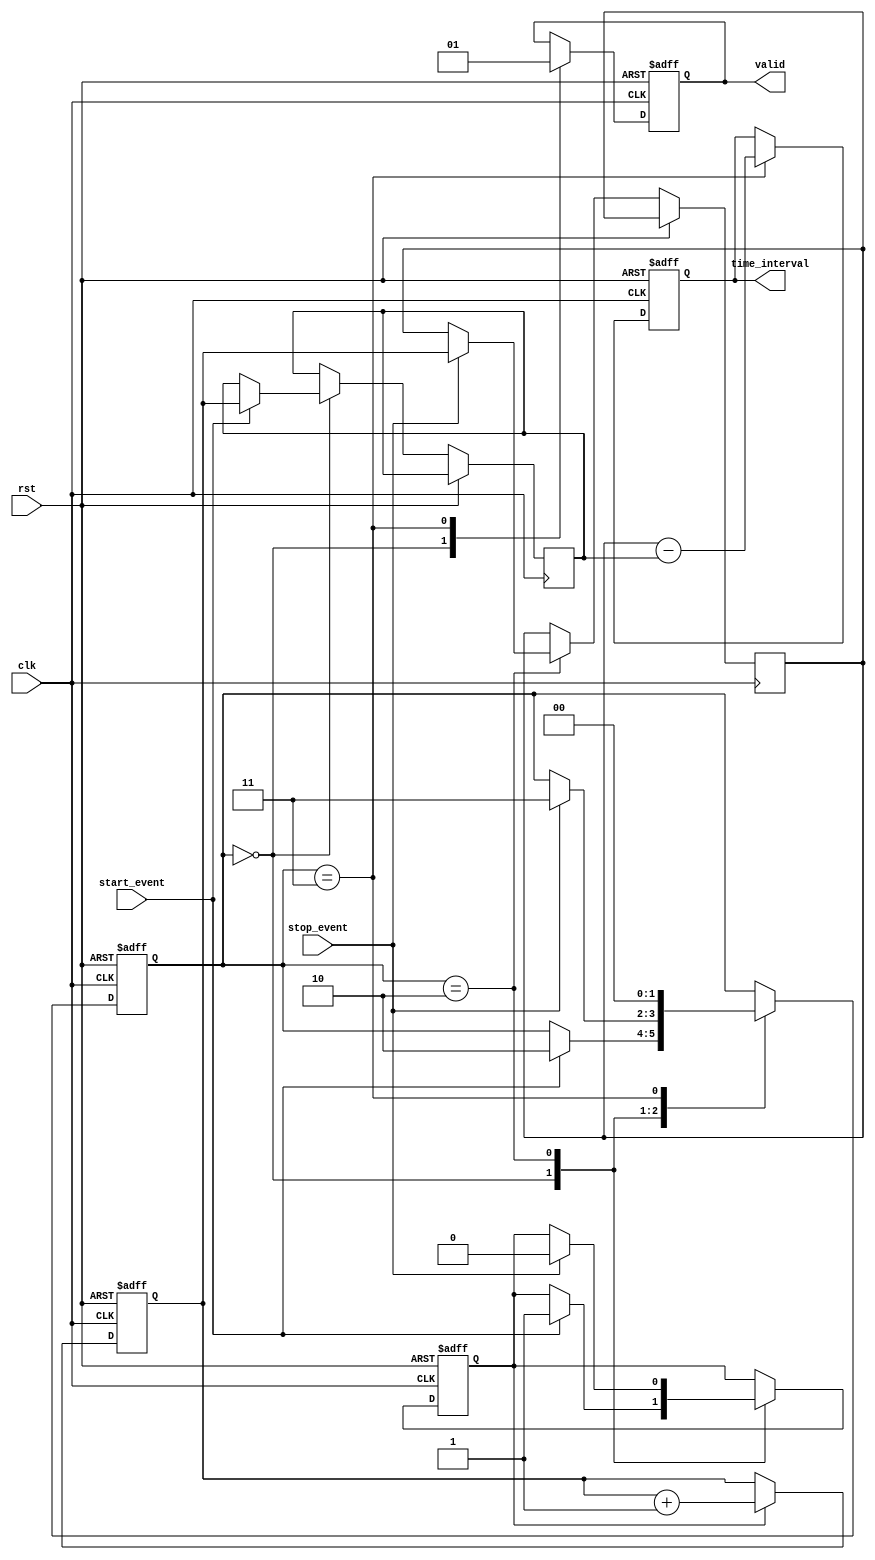
module MemoryBlocksTDC (
    input wire clk,            // High-frequency clock
    input wire rst,            // Reset signal
    input wire start_event,    // Start event input
    input wire stop_event,     // Stop event input
    output reg [31:0] time_interval, // Time interval output
    output reg valid            // Indicates a valid time interval output
);

    // Counter to track clock cycles
    reg [31:0] counter;
    reg [31:0] start_timestamp;
    reg [31:0] stop_timestamp;
    reg counting;
    
    // State Machine states
    localparam IDLE      = 2'b00;
    localparam WAIT_START = 2'b01;
    localparam WAIT_STOP  = 2'b10;
    localparam CALCULATE  = 2'b11;

    reg [1:0] state;

    // Clock counter
    always @(posedge clk or posedge rst) begin
        if (rst) begin
            counter <= 32'b0;
        end else if (counting) begin
            counter <= counter + 1;
        end
    end

    // State machine for event detection and time calculation
    always @(posedge clk or posedge rst) begin
        if (rst) begin
            state <= IDLE;
            valid <= 0;
            time_interval <= 32'b0;
            counting <= 0;
        end else begin
            case (state)
                IDLE: begin
                    valid <= 0;  // Reset valid output
                    if (start_event) begin
                        start_timestamp <= counter; // Capture start time
                        counting <= 1; // Start counting
                        state <= WAIT_STOP;
                    end
                end
                WAIT_STOP: begin
                    if (stop_event) begin
                        stop_timestamp <= counter; // Capture stop time
                        counting <= 0; // Stop counting
                        state <= CALCULATE;
                    end
                end
                CALCULATE: begin
                    time_interval <= stop_timestamp - start_timestamp; // Calculate time interval
                    valid <= 1;  // Set valid output
                    state <= IDLE; // Move back to IDLE state
                end
            endcase
        end
    end

endmodule